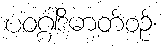
ပဝဂ္ဂါဒိဓာတ်စဉ်